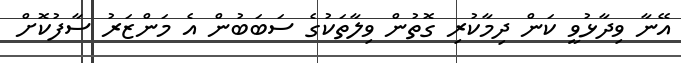
އޭނާ ވިދާޅުވީ ކަން ދިމާކުރި ގޮތުން ވިލާތަކުގެ ސަބަބުން އެ މަންޒަރު ސާފުކޮށް